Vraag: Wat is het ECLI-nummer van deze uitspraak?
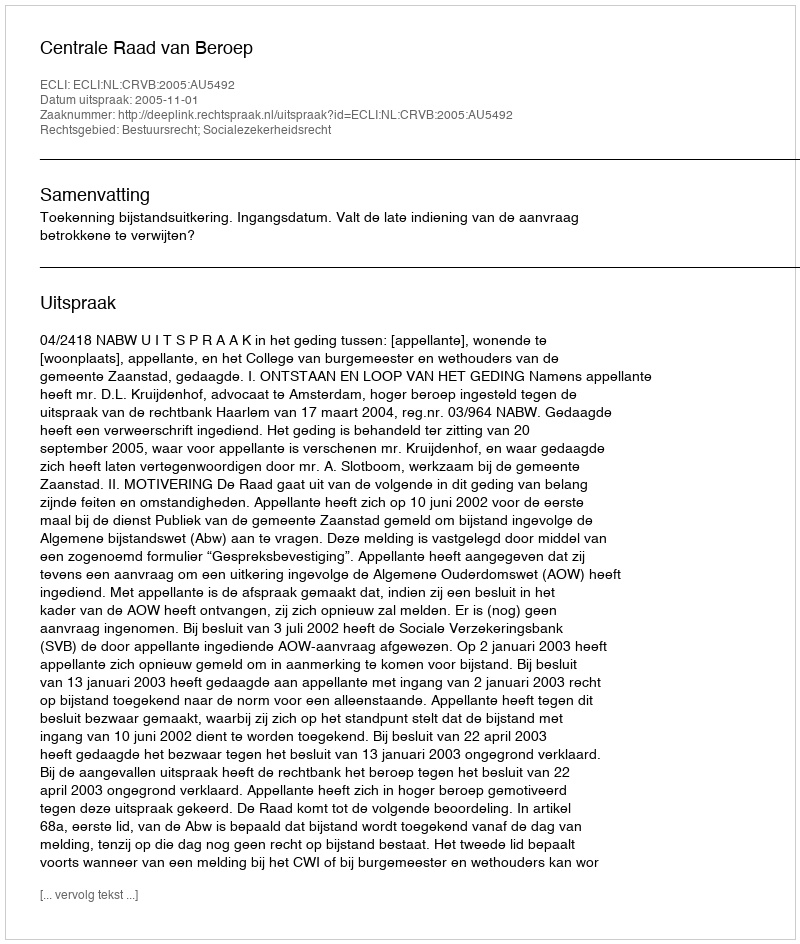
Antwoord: ECLI:NL:CRVB:2005:AU5492